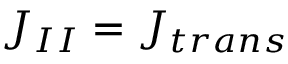
J _ { I I } = J _ { t r a n s }